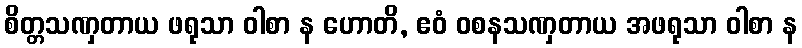
စိတ္တသဏှတာယ ဖရုသာ ဝါစာ န ဟောတိ, ဧဝံ ဝစနသဏှတာယ အဖရုသာ ဝါစာ န